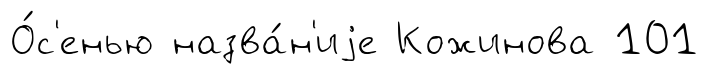
О́с'енью назва́н'иjе Кожинова 101